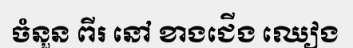
ចំនួន ពីរ នៅ ខាងជើង ឈៀង